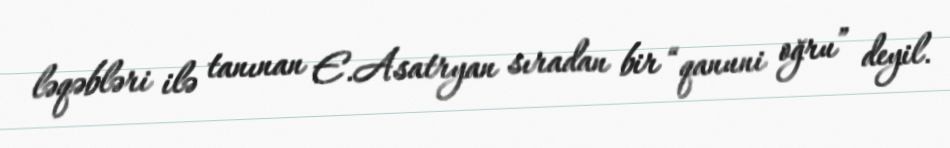
ləqəbləri ilə tanınan E.Asatryan sıradan bir “qanuni oğru” deyil.